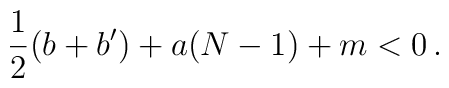
\frac12(b+b')+a(N-1)+m<0\,.